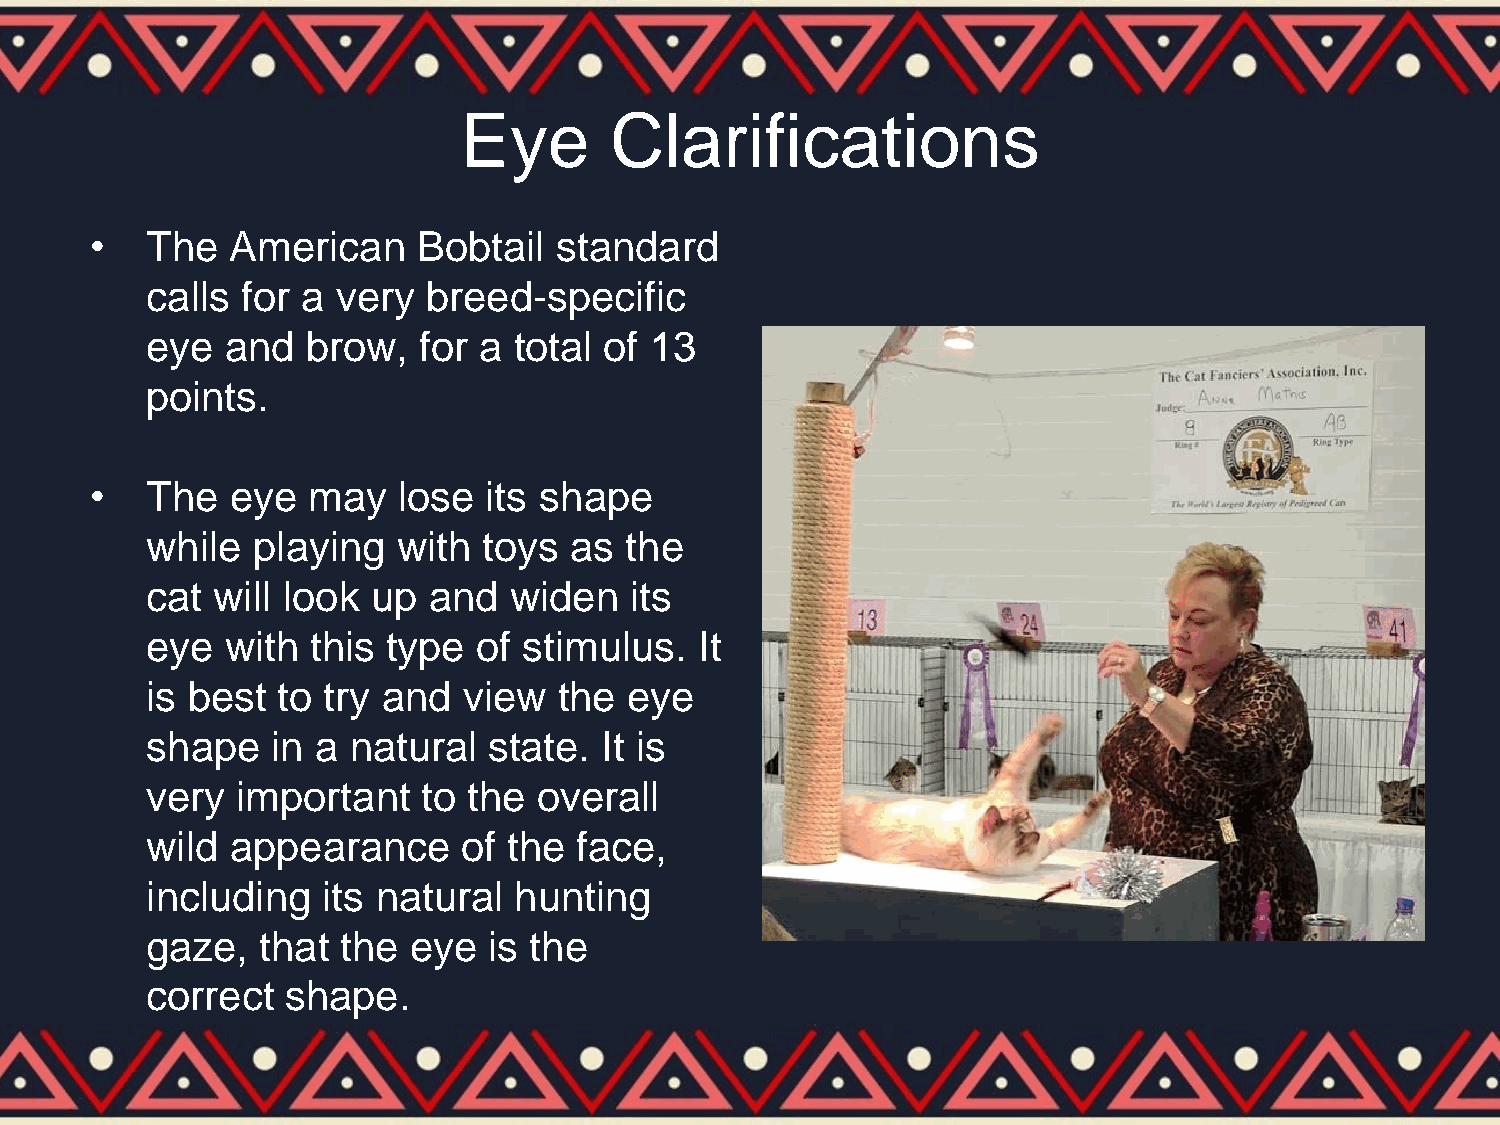
Eye       Clarifications
 •   The  American     Bobtail  standard
 calls for a very  breed-specific
 eye  and  brow,   for a total of 13
 points.
 •   The  eye  may   lose  its shape
 while  playing  with  toys  as the
 cat will look  up and   widen   its
 eye  with  this type  of stimulus.  It
 is best to try and   view  the  eye
 shape   in a natural  state.  It is
 very  important   to the  overall
 wild appearance      of the face,
 including  its natural  hunting
 gaze,  that  the eye  is the
 correct  shape.